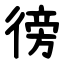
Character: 徬